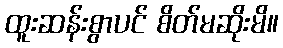
ထူးဆန်းစွာပင် စိတ်မဆိုးမိ။